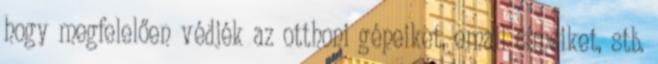
hogy megfelelően védjék az otthoni gépeiket, email címeiket, stb.